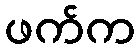
ဖက်က